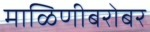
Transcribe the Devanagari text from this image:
माळिणीबरोबर